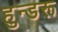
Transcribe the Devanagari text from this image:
हुन्डरू